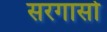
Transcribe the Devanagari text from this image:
सरगासो